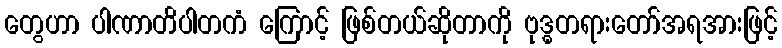
တွေဟာ ပါဏာတိပါတကံ ကြောင့် ဖြစ်တယ်ဆိုတာကို ဗုဒ္ဓတရားတော်အရအားဖြင့်